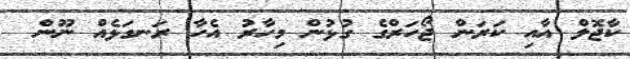
ކާޖޮލް އާއި ކަރަން ޖޯހަރްގެ ގުޅުން މިހާރު އެހާ ރަނގަޅެއް ނޫން